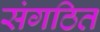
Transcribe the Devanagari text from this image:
संगठित